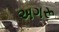
અગરૂ